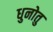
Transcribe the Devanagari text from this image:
धुनोतु